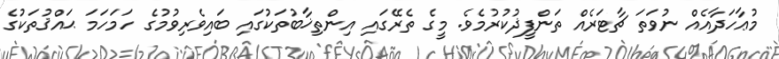
މުޢާހަދާއެއް ނުވަތަ ޗާޓަރެއް ތަންފީޛުކުރުމެވެ. މީގެ ތެރޭގައި އިންތިޚާބުތަކުގައި ބައިވެރިވުމުގެ ހަމަހަމަ ޙައްޤުތަކުގެ